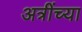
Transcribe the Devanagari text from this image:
अत्रींच्या